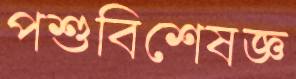
পশুবিশেষজ্ঞ